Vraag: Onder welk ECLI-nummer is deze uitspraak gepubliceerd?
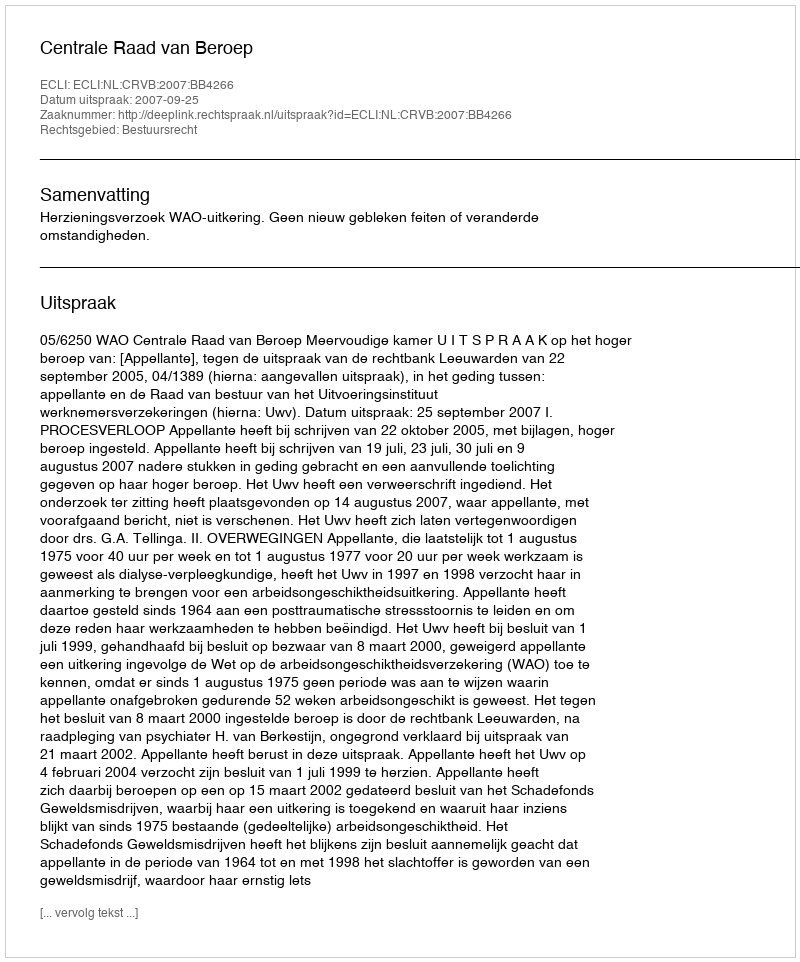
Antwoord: ECLI:NL:CRVB:2007:BB4266